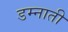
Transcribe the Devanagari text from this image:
डम्नाती